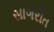
સાગરીત